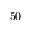
5 0